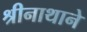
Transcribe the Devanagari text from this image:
श्रीनाथाने